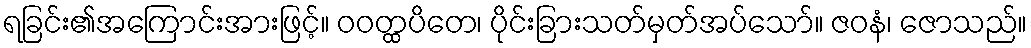
ရခြင်း၏အကြောင်းအားဖြင့်။ ဝဝတ္ထပိတေ၊ ပိုင်းခြားသတ်မှတ်အပ်သော်။ ဇဝနံ၊ ဇောသည်။